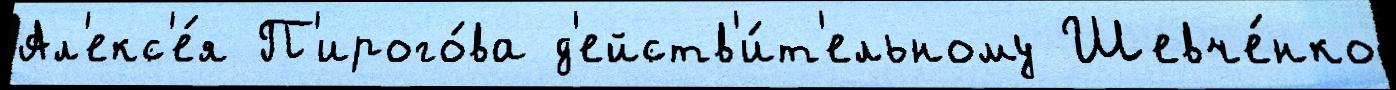
Ал'екс'е́я П'ирого́ва д'ейств'и́т'ельному Шевче́нко